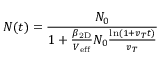
N ( t ) = \frac { N _ { 0 } } { 1 + \frac { \beta _ { \mathrm { 2 D } } } { V _ { \mathrm { e f f } } } N _ { 0 } \frac { \ln \left( 1 + v _ { T } t \right) } { v _ { T } } }